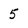
Character: 5